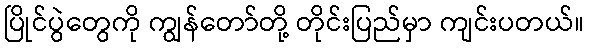
ပြိုင်ပွဲတွေကို ကျွန်တော်တို့ တိုင်းပြည်မှာ ကျင်းပတယ်။